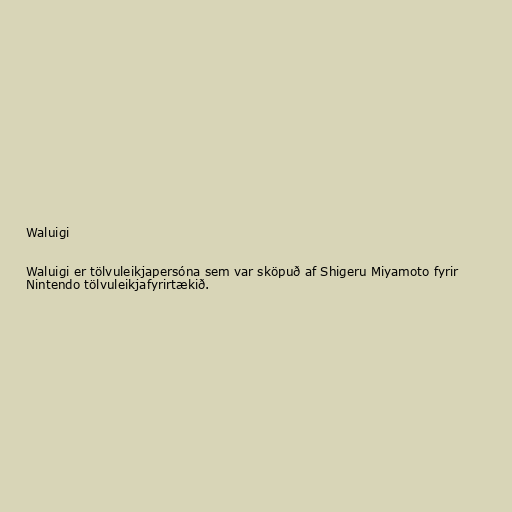
Waluigi

Waluigi er tölvuleikjapersóna sem var sköpuð af Shigeru Miyamoto fyrir
Nintendo tölvuleikjafyrirtækið.